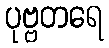
ပုဗ္ဗတရေ